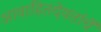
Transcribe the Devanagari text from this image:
आवाहितदेवतांचें